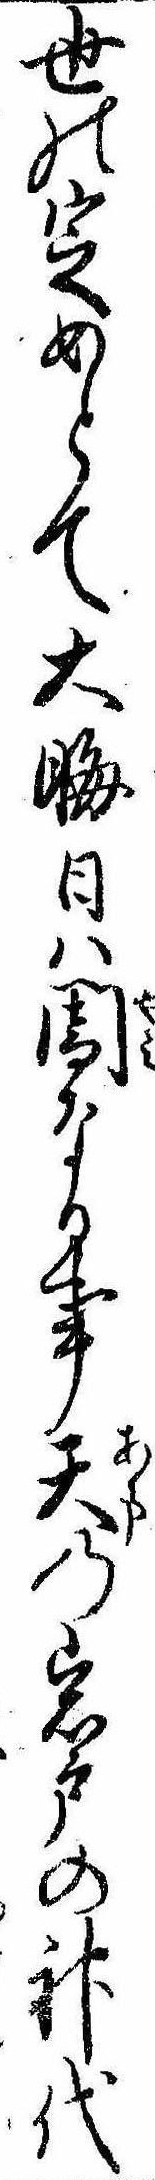
世の定めとて大晦日は闇なる事天の岩戸の神代